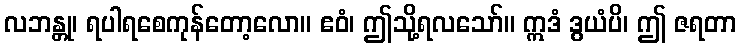
လဘန္တု၊ ရပါရစေကုန်တော့လော။ ဧဝံ၊ ဤသို့ရလသော်။ ဣဒံ ဒွယံပိ၊ ဤ ဇရတာ